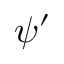
\psi ^ { \prime }